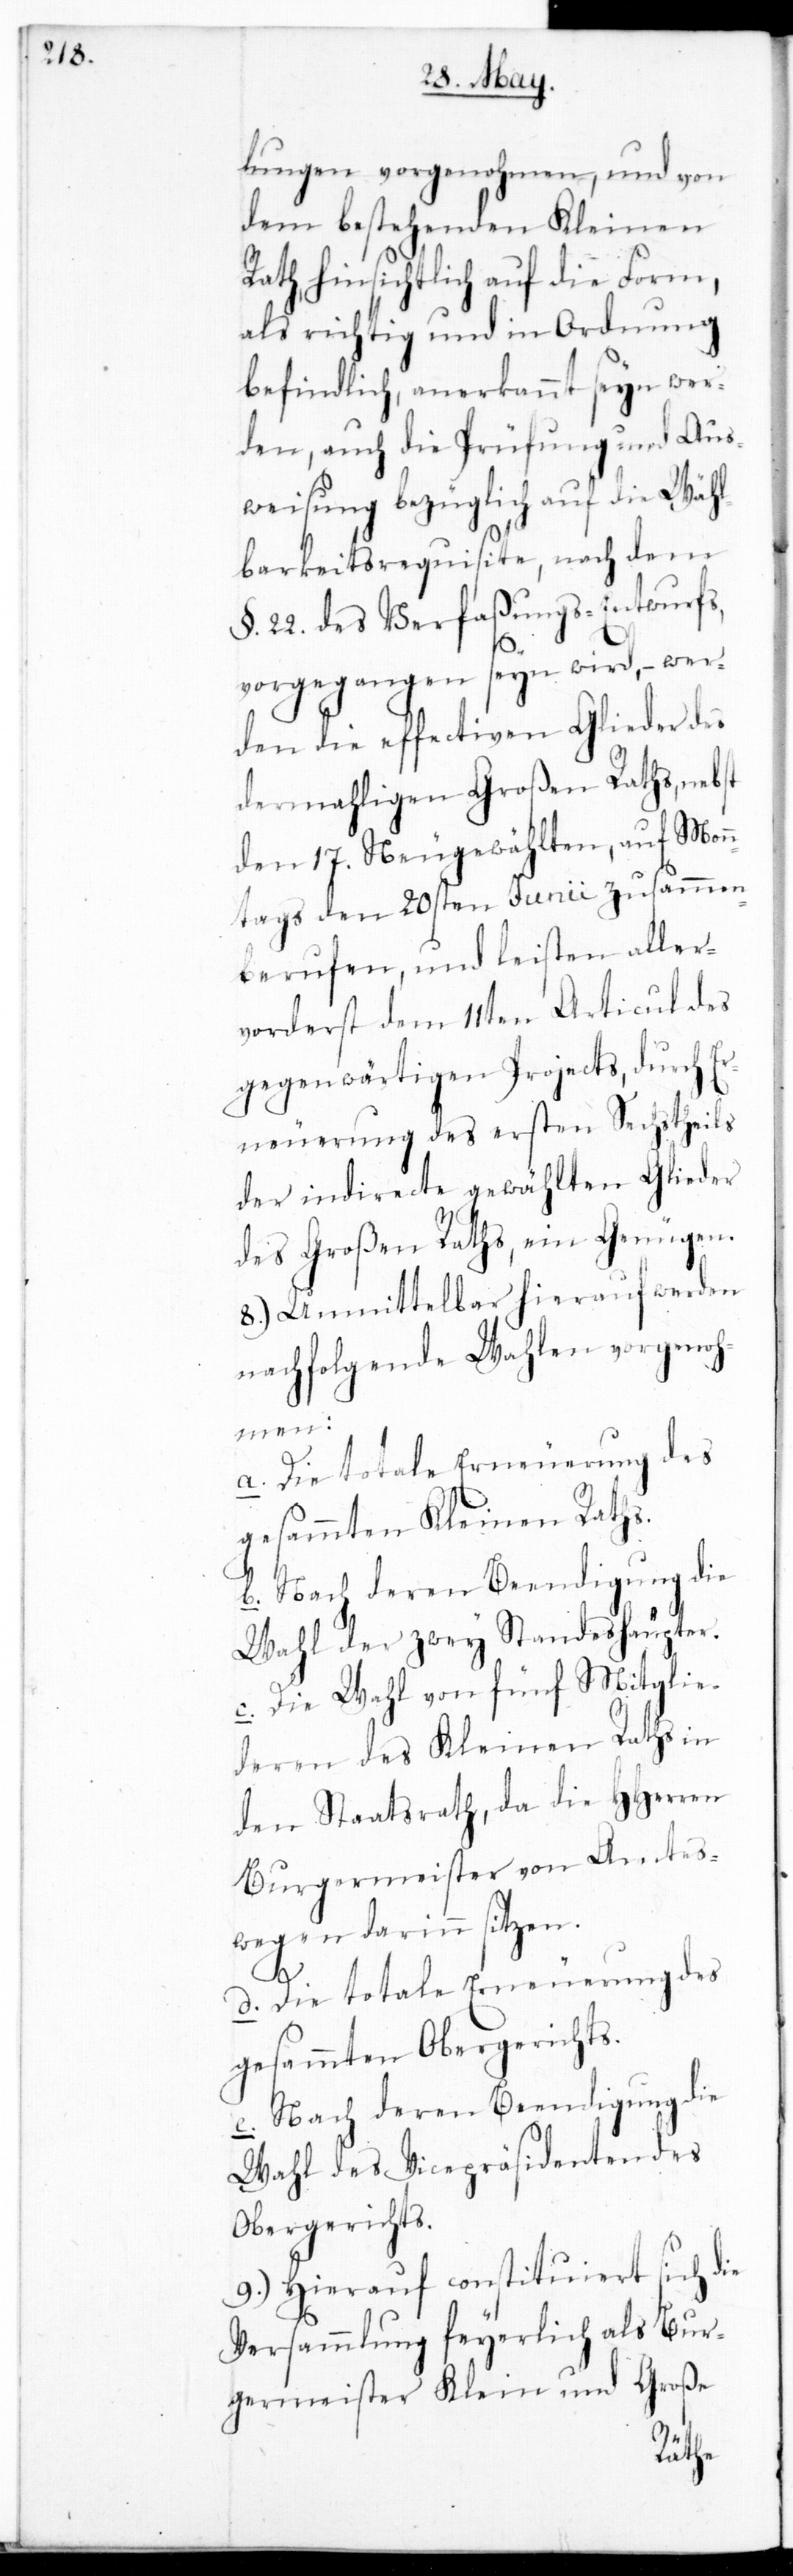
lungen vorgenohmen, und von
dem bestehenden Kleinen
Rath hinsichtlich auf die Form,
als richtig und in Ordnung
befindlich, anerkannt sein wer¬
den, auch die Prüfung und Aus¬
weisung bezüglich auf die Wähl¬
barkeits-Requisite, nach dem
§. 22. des Verfaßungs-Entwurfs,
vorgegangen sein wird, – wer¬
den die effectiven Glieder des
dermahligen Großen Raths, nebst
den 17. Neugewählten, auf Mon¬
tags den 20sten Junii zusammen¬
berufen, und leisten aller¬
vorderst dem 11ten Articul des
gegenwärtigen Projects, durch Er¬
neuerung des ersten Sechstheils
der indirecte gewählten Glieder
des Großen Raths, ein Genügen.
8.) Unmittelbar hierauf werden
nachfolgende Wahlen vorgenoh¬
men:
a. Die totale Erneuerung des
gesammten Kleinen Raths.
b. Nach deren Beendigung die
Wahl der zwey Standeshäupter.
c. Die Wahl von fünf Mitglie¬
deren des Kleinen Raths in
den Staatsrath, da die HHerren
Burgermeister von Amtes
wegen darinn sitzen.
d. Die totale Erneuerung des
gesammten Obergerichts.
e. Nach deren Beendigung die
Wahl des Vicepräsidenten des
Obergerichts.
9.) Hierauf constituiert sich die
Versammlung feierlich als Bur¬
germeister, Klein und Große